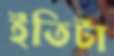
ইতিটা